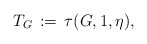
\begin{align*}T_G \,:= \,\tau(G,1,\eta), \end{align*}